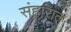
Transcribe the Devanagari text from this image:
संहारात